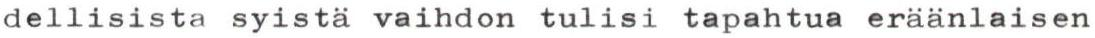
dellisista syistä vaihdon tulisi tapahtua eräänlaisen